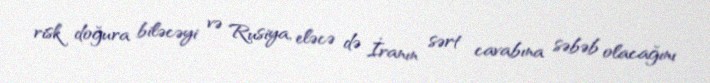
risk doğura biləcəyi və Rusiya, eləcə də İranın sərt cavabına səbəb olacağını